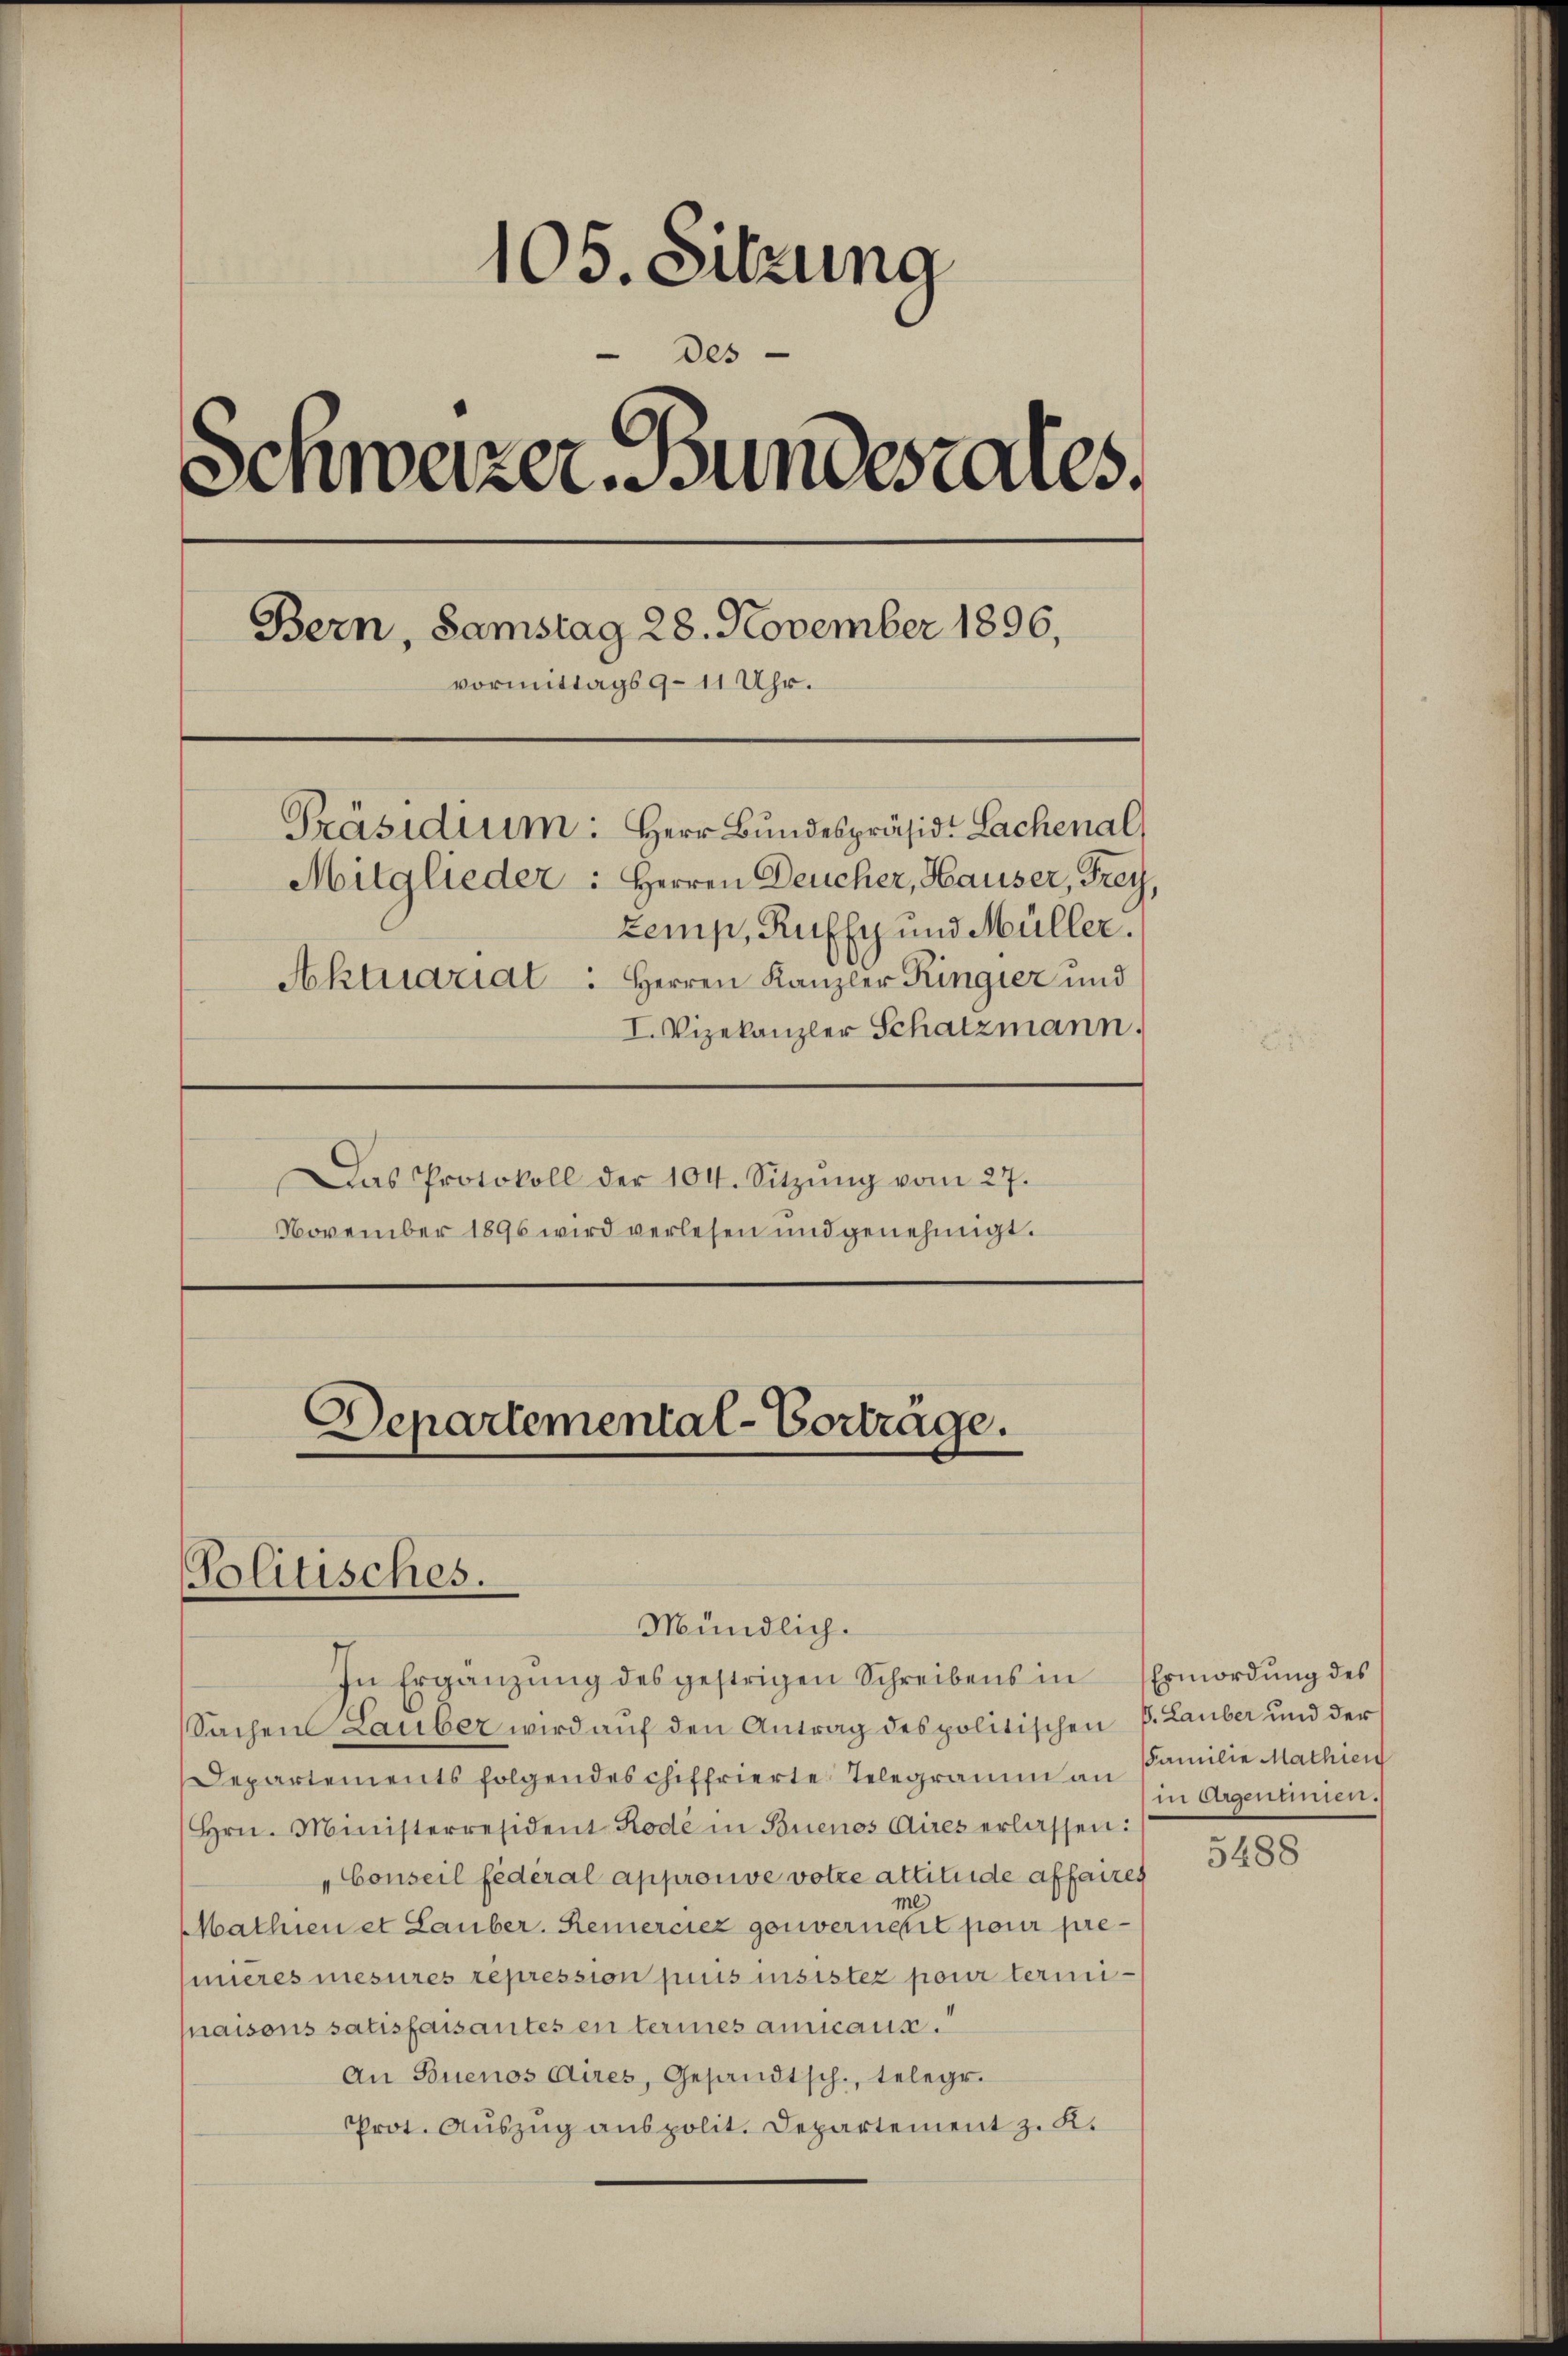
105. Sitzung
des
Schwazer Bundesrates.
Bern, Samstag 28. November 1896,
vormittags 9 - 11 Uhr.
Präsidium: Herr Bundespräsid. Sachenal
Mitglieder: Herren Deucher, Hauser, Frey,
zemp, Ruffy und Müller.
Aktuariat : Herren Kanzler Ringier und
I. Vizekanzler Schatzmann.
Das Protokoll der 104. Sitzŭng vom 27.
November 1896 wird verlesen und genehmigt.

Departemental-Vorträge.

Politisches.
Mündlich.

Sachen Lauber wird auf den Antrag des politischen S. Lauber und der
Departements folgendeschiffrierte Telegramm an Familie Mathien
Hrn. Ministerresident Rode in Buenos Aires erlassen:
„Conseil fédéral approuve votze attituide affaires
me)
MMathien et Lauber. Remerciez gouvernerit pour premières mesures repression puis insistez pour termimaisons satisfaisantes en termes annicause.
An Buenos Aires, Gesandtsch., telegr.
Prot. Auszug aus polit. Departement z. K.

In Ergänzŭng des gestrigen Schreibens in Ermordung des

in ergennen.

5488